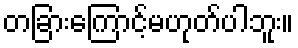
တခြားကြောင့်မဟုတ်ပါဘူး။